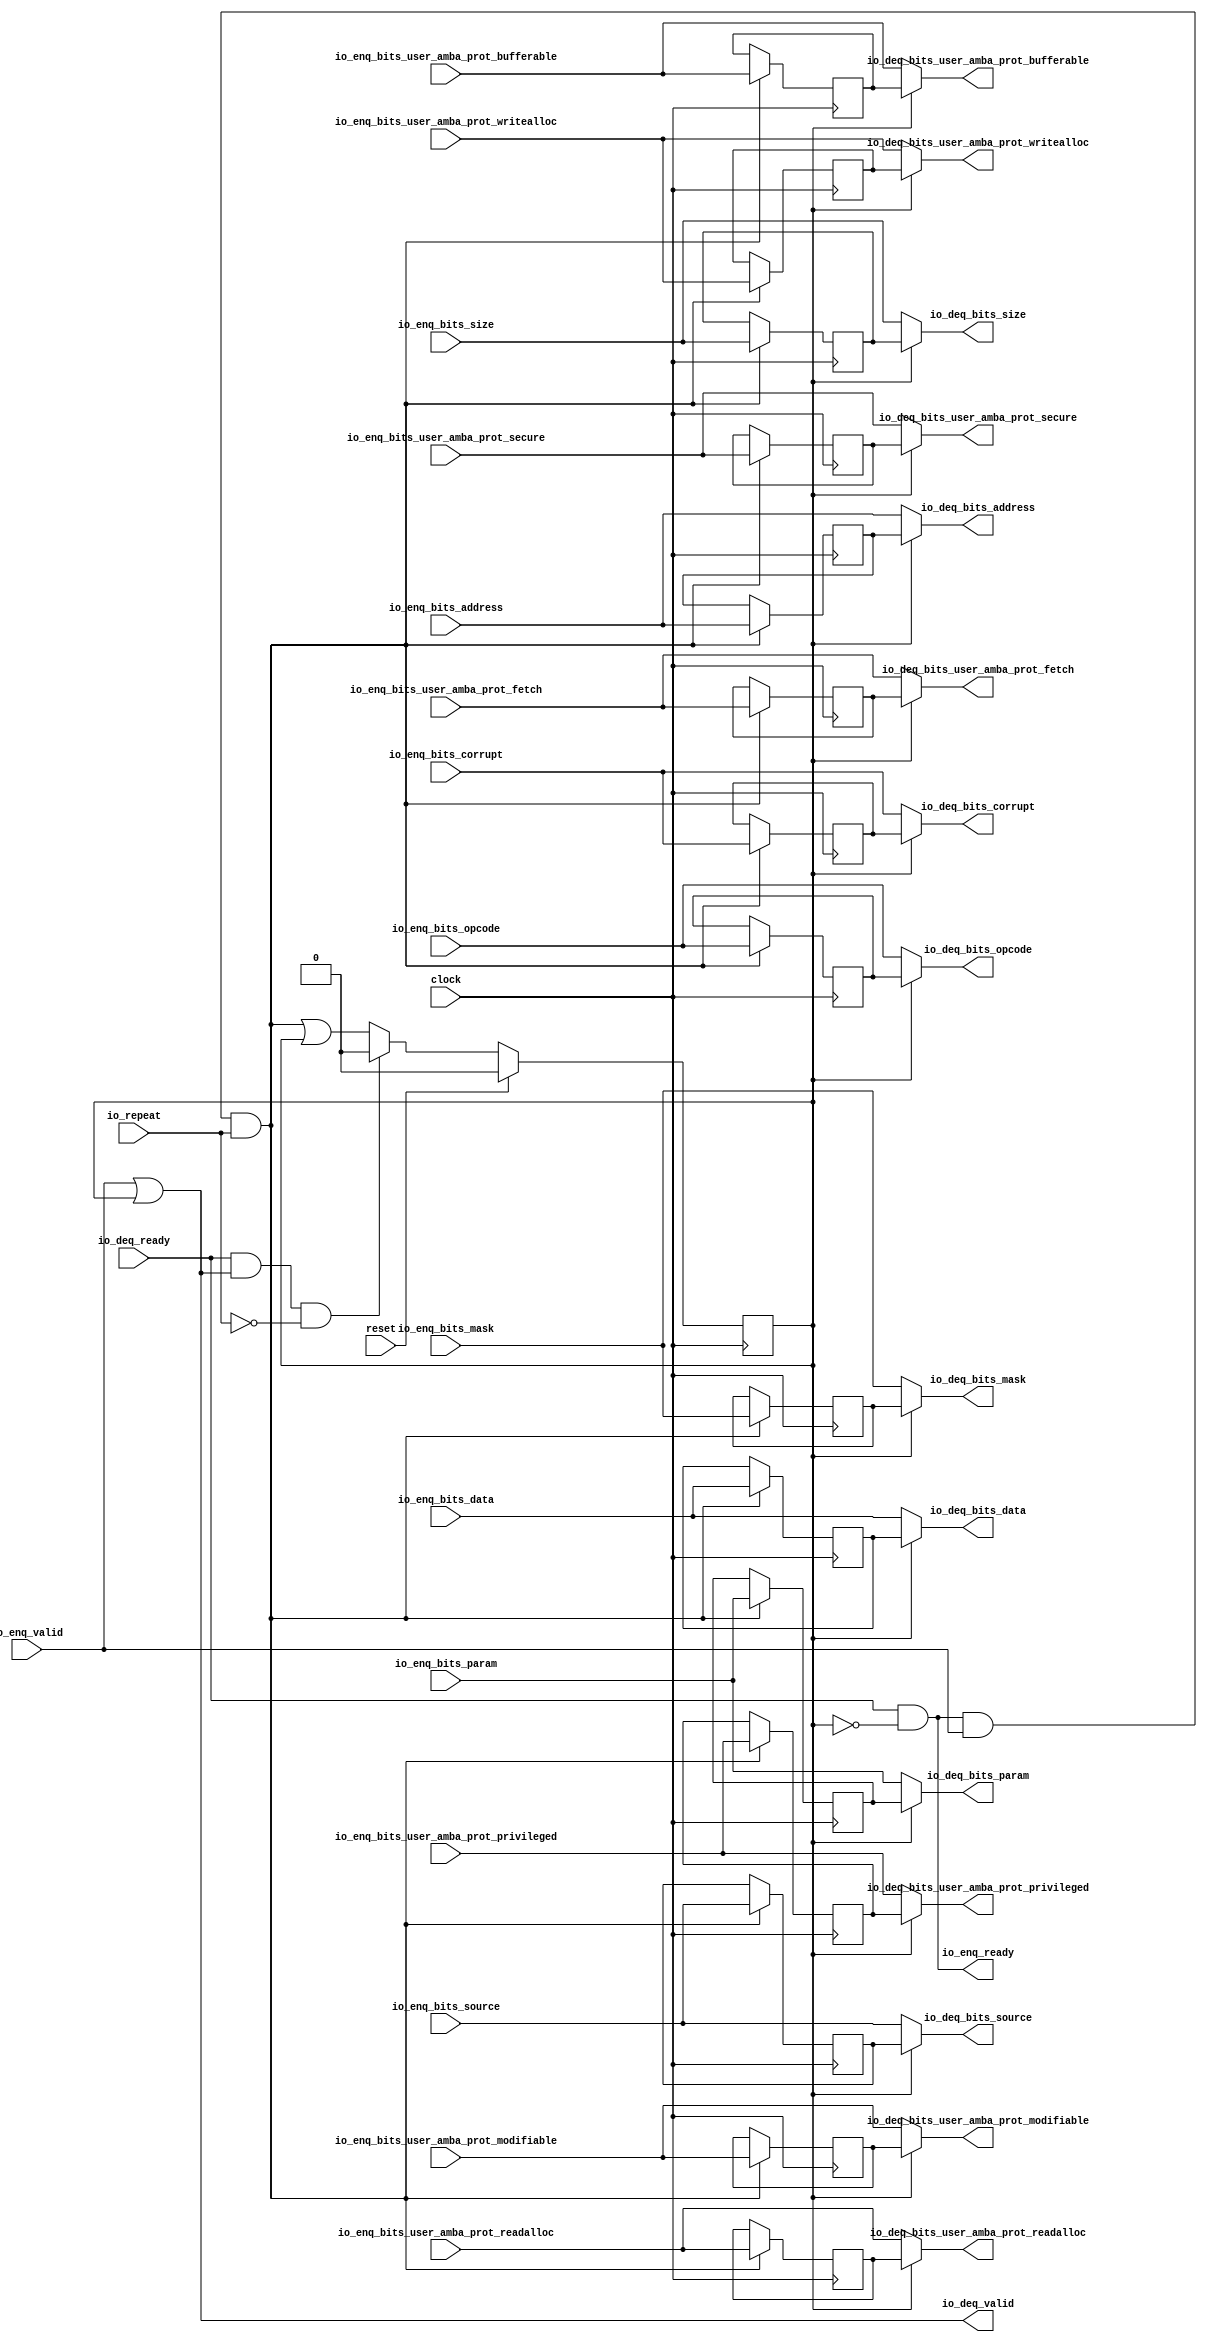
module Repeater( // @[:freechips.rocketchip.system.DefaultRV32Config.fir@39169.2]
  input         clock, // @[:freechips.rocketchip.system.DefaultRV32Config.fir@39170.4]
  input         reset, // @[:freechips.rocketchip.system.DefaultRV32Config.fir@39171.4]
  input         io_repeat, // @[:freechips.rocketchip.system.DefaultRV32Config.fir@39172.4]
  output        io_enq_ready, // @[:freechips.rocketchip.system.DefaultRV32Config.fir@39172.4]
  input         io_enq_valid, // @[:freechips.rocketchip.system.DefaultRV32Config.fir@39172.4]
  input  [2:0]  io_enq_bits_opcode, // @[:freechips.rocketchip.system.DefaultRV32Config.fir@39172.4]
  input  [2:0]  io_enq_bits_param, // @[:freechips.rocketchip.system.DefaultRV32Config.fir@39172.4]
  input  [3:0]  io_enq_bits_size, // @[:freechips.rocketchip.system.DefaultRV32Config.fir@39172.4]
  input  [3:0]  io_enq_bits_source, // @[:freechips.rocketchip.system.DefaultRV32Config.fir@39172.4]
  input  [31:0] io_enq_bits_address, // @[:freechips.rocketchip.system.DefaultRV32Config.fir@39172.4]
  input         io_enq_bits_user_amba_prot_bufferable, // @[:freechips.rocketchip.system.DefaultRV32Config.fir@39172.4]
  input         io_enq_bits_user_amba_prot_modifiable, // @[:freechips.rocketchip.system.DefaultRV32Config.fir@39172.4]
  input         io_enq_bits_user_amba_prot_readalloc, // @[:freechips.rocketchip.system.DefaultRV32Config.fir@39172.4]
  input         io_enq_bits_user_amba_prot_writealloc, // @[:freechips.rocketchip.system.DefaultRV32Config.fir@39172.4]
  input         io_enq_bits_user_amba_prot_privileged, // @[:freechips.rocketchip.system.DefaultRV32Config.fir@39172.4]
  input         io_enq_bits_user_amba_prot_secure, // @[:freechips.rocketchip.system.DefaultRV32Config.fir@39172.4]
  input         io_enq_bits_user_amba_prot_fetch, // @[:freechips.rocketchip.system.DefaultRV32Config.fir@39172.4]
  input  [7:0]  io_enq_bits_mask, // @[:freechips.rocketchip.system.DefaultRV32Config.fir@39172.4]
  input  [63:0] io_enq_bits_data, // @[:freechips.rocketchip.system.DefaultRV32Config.fir@39172.4]
  input         io_enq_bits_corrupt, // @[:freechips.rocketchip.system.DefaultRV32Config.fir@39172.4]
  input         io_deq_ready, // @[:freechips.rocketchip.system.DefaultRV32Config.fir@39172.4]
  output        io_deq_valid, // @[:freechips.rocketchip.system.DefaultRV32Config.fir@39172.4]
  output [2:0]  io_deq_bits_opcode, // @[:freechips.rocketchip.system.DefaultRV32Config.fir@39172.4]
  output [2:0]  io_deq_bits_param, // @[:freechips.rocketchip.system.DefaultRV32Config.fir@39172.4]
  output [3:0]  io_deq_bits_size, // @[:freechips.rocketchip.system.DefaultRV32Config.fir@39172.4]
  output [3:0]  io_deq_bits_source, // @[:freechips.rocketchip.system.DefaultRV32Config.fir@39172.4]
  output [31:0] io_deq_bits_address, // @[:freechips.rocketchip.system.DefaultRV32Config.fir@39172.4]
  output        io_deq_bits_user_amba_prot_bufferable, // @[:freechips.rocketchip.system.DefaultRV32Config.fir@39172.4]
  output        io_deq_bits_user_amba_prot_modifiable, // @[:freechips.rocketchip.system.DefaultRV32Config.fir@39172.4]
  output        io_deq_bits_user_amba_prot_readalloc, // @[:freechips.rocketchip.system.DefaultRV32Config.fir@39172.4]
  output        io_deq_bits_user_amba_prot_writealloc, // @[:freechips.rocketchip.system.DefaultRV32Config.fir@39172.4]
  output        io_deq_bits_user_amba_prot_privileged, // @[:freechips.rocketchip.system.DefaultRV32Config.fir@39172.4]
  output        io_deq_bits_user_amba_prot_secure, // @[:freechips.rocketchip.system.DefaultRV32Config.fir@39172.4]
  output        io_deq_bits_user_amba_prot_fetch, // @[:freechips.rocketchip.system.DefaultRV32Config.fir@39172.4]
  output [7:0]  io_deq_bits_mask, // @[:freechips.rocketchip.system.DefaultRV32Config.fir@39172.4]
  output [63:0] io_deq_bits_data, // @[:freechips.rocketchip.system.DefaultRV32Config.fir@39172.4]
  output        io_deq_bits_corrupt // @[:freechips.rocketchip.system.DefaultRV32Config.fir@39172.4]
);
`ifdef RANDOMIZE_REG_INIT
  reg [31:0] _RAND_0;
  reg [31:0] _RAND_1;
  reg [31:0] _RAND_2;
  reg [31:0] _RAND_3;
  reg [31:0] _RAND_4;
  reg [31:0] _RAND_5;
  reg [31:0] _RAND_6;
  reg [31:0] _RAND_7;
  reg [31:0] _RAND_8;
  reg [31:0] _RAND_9;
  reg [31:0] _RAND_10;
  reg [31:0] _RAND_11;
  reg [31:0] _RAND_12;
  reg [31:0] _RAND_13;
  reg [63:0] _RAND_14;
  reg [31:0] _RAND_15;
`endif // RANDOMIZE_REG_INIT
  reg  full; // @[Repeater.scala 19:21:freechips.rocketchip.system.DefaultRV32Config.fir@39174.4]
  reg [2:0] saved_opcode; // @[Repeater.scala 20:18:freechips.rocketchip.system.DefaultRV32Config.fir@39175.4]
  reg [2:0] saved_param; // @[Repeater.scala 20:18:freechips.rocketchip.system.DefaultRV32Config.fir@39175.4]
  reg [3:0] saved_size; // @[Repeater.scala 20:18:freechips.rocketchip.system.DefaultRV32Config.fir@39175.4]
  reg [3:0] saved_source; // @[Repeater.scala 20:18:freechips.rocketchip.system.DefaultRV32Config.fir@39175.4]
  reg [31:0] saved_address; // @[Repeater.scala 20:18:freechips.rocketchip.system.DefaultRV32Config.fir@39175.4]
  reg  saved_user_amba_prot_bufferable; // @[Repeater.scala 20:18:freechips.rocketchip.system.DefaultRV32Config.fir@39175.4]
  reg  saved_user_amba_prot_modifiable; // @[Repeater.scala 20:18:freechips.rocketchip.system.DefaultRV32Config.fir@39175.4]
  reg  saved_user_amba_prot_readalloc; // @[Repeater.scala 20:18:freechips.rocketchip.system.DefaultRV32Config.fir@39175.4]
  reg  saved_user_amba_prot_writealloc; // @[Repeater.scala 20:18:freechips.rocketchip.system.DefaultRV32Config.fir@39175.4]
  reg  saved_user_amba_prot_privileged; // @[Repeater.scala 20:18:freechips.rocketchip.system.DefaultRV32Config.fir@39175.4]
  reg  saved_user_amba_prot_secure; // @[Repeater.scala 20:18:freechips.rocketchip.system.DefaultRV32Config.fir@39175.4]
  reg  saved_user_amba_prot_fetch; // @[Repeater.scala 20:18:freechips.rocketchip.system.DefaultRV32Config.fir@39175.4]
  reg [7:0] saved_mask; // @[Repeater.scala 20:18:freechips.rocketchip.system.DefaultRV32Config.fir@39175.4]
  reg [63:0] saved_data; // @[Repeater.scala 20:18:freechips.rocketchip.system.DefaultRV32Config.fir@39175.4]
  reg  saved_corrupt; // @[Repeater.scala 20:18:freechips.rocketchip.system.DefaultRV32Config.fir@39175.4]
  wire  _T_1; // @[Repeater.scala 24:35:freechips.rocketchip.system.DefaultRV32Config.fir@39178.4]
  wire  _T_4; // @[Decoupled.scala 40:37:freechips.rocketchip.system.DefaultRV32Config.fir@39198.4]
  wire  _T_5; // @[Repeater.scala 28:23:freechips.rocketchip.system.DefaultRV32Config.fir@39199.4]
  wire  _GEN_0; // @[Repeater.scala 28:38:freechips.rocketchip.system.DefaultRV32Config.fir@39200.4]
  wire  _T_6; // @[Decoupled.scala 40:37:freechips.rocketchip.system.DefaultRV32Config.fir@39218.4]
  wire  _T_7; // @[Repeater.scala 29:26:freechips.rocketchip.system.DefaultRV32Config.fir@39219.4]
  wire  _T_8; // @[Repeater.scala 29:23:freechips.rocketchip.system.DefaultRV32Config.fir@39220.4]
  assign _T_1 = ~full; // @[Repeater.scala 24:35:freechips.rocketchip.system.DefaultRV32Config.fir@39178.4]
  assign _T_4 = io_enq_ready & io_enq_valid; // @[Decoupled.scala 40:37:freechips.rocketchip.system.DefaultRV32Config.fir@39198.4]
  assign _T_5 = _T_4 & io_repeat; // @[Repeater.scala 28:23:freechips.rocketchip.system.DefaultRV32Config.fir@39199.4]
  assign _GEN_0 = _T_5 | full; // @[Repeater.scala 28:38:freechips.rocketchip.system.DefaultRV32Config.fir@39200.4]
  assign _T_6 = io_deq_ready & io_deq_valid; // @[Decoupled.scala 40:37:freechips.rocketchip.system.DefaultRV32Config.fir@39218.4]
  assign _T_7 = ~io_repeat; // @[Repeater.scala 29:26:freechips.rocketchip.system.DefaultRV32Config.fir@39219.4]
  assign _T_8 = _T_6 & _T_7; // @[Repeater.scala 29:23:freechips.rocketchip.system.DefaultRV32Config.fir@39220.4]
  assign io_enq_ready = io_deq_ready & _T_1; // @[Repeater.scala 24:16:freechips.rocketchip.system.DefaultRV32Config.fir@39180.4]
  assign io_deq_valid = io_enq_valid | full; // @[Repeater.scala 23:16:freechips.rocketchip.system.DefaultRV32Config.fir@39177.4]
  assign io_deq_bits_opcode = full ? saved_opcode : io_enq_bits_opcode; // @[Repeater.scala 25:15:freechips.rocketchip.system.DefaultRV32Config.fir@39196.4]
  assign io_deq_bits_param = full ? saved_param : io_enq_bits_param; // @[Repeater.scala 25:15:freechips.rocketchip.system.DefaultRV32Config.fir@39195.4]
  assign io_deq_bits_size = full ? saved_size : io_enq_bits_size; // @[Repeater.scala 25:15:freechips.rocketchip.system.DefaultRV32Config.fir@39194.4]
  assign io_deq_bits_source = full ? saved_source : io_enq_bits_source; // @[Repeater.scala 25:15:freechips.rocketchip.system.DefaultRV32Config.fir@39193.4]
  assign io_deq_bits_address = full ? saved_address : io_enq_bits_address; // @[Repeater.scala 25:15:freechips.rocketchip.system.DefaultRV32Config.fir@39192.4]
  assign io_deq_bits_user_amba_prot_bufferable = full ? saved_user_amba_prot_bufferable : io_enq_bits_user_amba_prot_bufferable; // @[Repeater.scala 25:15:freechips.rocketchip.system.DefaultRV32Config.fir@39191.4]
  assign io_deq_bits_user_amba_prot_modifiable = full ? saved_user_amba_prot_modifiable : io_enq_bits_user_amba_prot_modifiable; // @[Repeater.scala 25:15:freechips.rocketchip.system.DefaultRV32Config.fir@39190.4]
  assign io_deq_bits_user_amba_prot_readalloc = full ? saved_user_amba_prot_readalloc : io_enq_bits_user_amba_prot_readalloc; // @[Repeater.scala 25:15:freechips.rocketchip.system.DefaultRV32Config.fir@39189.4]
  assign io_deq_bits_user_amba_prot_writealloc = full ? saved_user_amba_prot_writealloc : io_enq_bits_user_amba_prot_writealloc; // @[Repeater.scala 25:15:freechips.rocketchip.system.DefaultRV32Config.fir@39188.4]
  assign io_deq_bits_user_amba_prot_privileged = full ? saved_user_amba_prot_privileged : io_enq_bits_user_amba_prot_privileged; // @[Repeater.scala 25:15:freechips.rocketchip.system.DefaultRV32Config.fir@39187.4]
  assign io_deq_bits_user_amba_prot_secure = full ? saved_user_amba_prot_secure : io_enq_bits_user_amba_prot_secure; // @[Repeater.scala 25:15:freechips.rocketchip.system.DefaultRV32Config.fir@39186.4]
  assign io_deq_bits_user_amba_prot_fetch = full ? saved_user_amba_prot_fetch : io_enq_bits_user_amba_prot_fetch; // @[Repeater.scala 25:15:freechips.rocketchip.system.DefaultRV32Config.fir@39185.4]
  assign io_deq_bits_mask = full ? saved_mask : io_enq_bits_mask; // @[Repeater.scala 25:15:freechips.rocketchip.system.DefaultRV32Config.fir@39184.4]
  assign io_deq_bits_data = full ? saved_data : io_enq_bits_data; // @[Repeater.scala 25:15:freechips.rocketchip.system.DefaultRV32Config.fir@39183.4]
  assign io_deq_bits_corrupt = full ? saved_corrupt : io_enq_bits_corrupt; // @[Repeater.scala 25:15:freechips.rocketchip.system.DefaultRV32Config.fir@39182.4]
`ifdef RANDOMIZE_GARBAGE_ASSIGN
`define RANDOMIZE
`endif
`ifdef RANDOMIZE_INVALID_ASSIGN
`define RANDOMIZE
`endif
`ifdef RANDOMIZE_REG_INIT
`define RANDOMIZE
`endif
`ifdef RANDOMIZE_MEM_INIT
`define RANDOMIZE
`endif
`ifndef RANDOM
`define RANDOM $random
`endif
`ifdef RANDOMIZE_MEM_INIT
  integer initvar;
`endif
`ifndef SYNTHESIS
`ifdef FIRRTL_BEFORE_INITIAL
`FIRRTL_BEFORE_INITIAL
`endif
initial begin
  `ifdef RANDOMIZE
    `ifdef INIT_RANDOM
      `INIT_RANDOM
    `endif
    `ifndef VERILATOR
      `ifdef RANDOMIZE_DELAY
        #`RANDOMIZE_DELAY begin end
      `else
        #0.002 begin end
      `endif
    `endif
`ifdef RANDOMIZE_REG_INIT
  _RAND_0 = {1{`RANDOM}};
  full = _RAND_0[0:0];
  _RAND_1 = {1{`RANDOM}};
  saved_opcode = _RAND_1[2:0];
  _RAND_2 = {1{`RANDOM}};
  saved_param = _RAND_2[2:0];
  _RAND_3 = {1{`RANDOM}};
  saved_size = _RAND_3[3:0];
  _RAND_4 = {1{`RANDOM}};
  saved_source = _RAND_4[3:0];
  _RAND_5 = {1{`RANDOM}};
  saved_address = _RAND_5[31:0];
  _RAND_6 = {1{`RANDOM}};
  saved_user_amba_prot_bufferable = _RAND_6[0:0];
  _RAND_7 = {1{`RANDOM}};
  saved_user_amba_prot_modifiable = _RAND_7[0:0];
  _RAND_8 = {1{`RANDOM}};
  saved_user_amba_prot_readalloc = _RAND_8[0:0];
  _RAND_9 = {1{`RANDOM}};
  saved_user_amba_prot_writealloc = _RAND_9[0:0];
  _RAND_10 = {1{`RANDOM}};
  saved_user_amba_prot_privileged = _RAND_10[0:0];
  _RAND_11 = {1{`RANDOM}};
  saved_user_amba_prot_secure = _RAND_11[0:0];
  _RAND_12 = {1{`RANDOM}};
  saved_user_amba_prot_fetch = _RAND_12[0:0];
  _RAND_13 = {1{`RANDOM}};
  saved_mask = _RAND_13[7:0];
  _RAND_14 = {2{`RANDOM}};
  saved_data = _RAND_14[63:0];
  _RAND_15 = {1{`RANDOM}};
  saved_corrupt = _RAND_15[0:0];
`endif // RANDOMIZE_REG_INIT
  `endif // RANDOMIZE
end // initial
`ifdef FIRRTL_AFTER_INITIAL
`FIRRTL_AFTER_INITIAL
`endif
`endif // SYNTHESIS
  always @(posedge clock) begin
    if (reset) begin
      full <= 1'h0;
    end else if (_T_8) begin
      full <= 1'h0;
    end else begin
      full <= _GEN_0;
    end
    if (_T_5) begin
      saved_opcode <= io_enq_bits_opcode;
    end
    if (_T_5) begin
      saved_param <= io_enq_bits_param;
    end
    if (_T_5) begin
      saved_size <= io_enq_bits_size;
    end
    if (_T_5) begin
      saved_source <= io_enq_bits_source;
    end
    if (_T_5) begin
      saved_address <= io_enq_bits_address;
    end
    if (_T_5) begin
      saved_user_amba_prot_bufferable <= io_enq_bits_user_amba_prot_bufferable;
    end
    if (_T_5) begin
      saved_user_amba_prot_modifiable <= io_enq_bits_user_amba_prot_modifiable;
    end
    if (_T_5) begin
      saved_user_amba_prot_readalloc <= io_enq_bits_user_amba_prot_readalloc;
    end
    if (_T_5) begin
      saved_user_amba_prot_writealloc <= io_enq_bits_user_amba_prot_writealloc;
    end
    if (_T_5) begin
      saved_user_amba_prot_privileged <= io_enq_bits_user_amba_prot_privileged;
    end
    if (_T_5) begin
      saved_user_amba_prot_secure <= io_enq_bits_user_amba_prot_secure;
    end
    if (_T_5) begin
      saved_user_amba_prot_fetch <= io_enq_bits_user_amba_prot_fetch;
    end
    if (_T_5) begin
      saved_mask <= io_enq_bits_mask;
    end
    if (_T_5) begin
      saved_data <= io_enq_bits_data;
    end
    if (_T_5) begin
      saved_corrupt <= io_enq_bits_corrupt;
    end
  end
endmodule